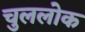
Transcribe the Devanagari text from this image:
चुललोक